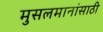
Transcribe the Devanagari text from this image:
मुसलमानांसाठी